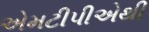
એમટીપીએથી